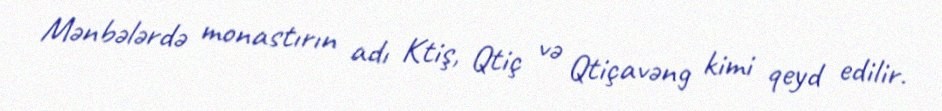
Mənbələrdə monastırın adı Ktiş, Qtiç və Qtiçavəng kimi qeyd edilir.